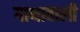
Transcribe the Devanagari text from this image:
गाथावाली